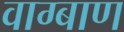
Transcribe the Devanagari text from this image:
वाग्बाण